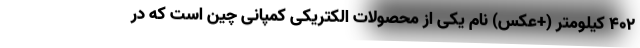
402 کیلومتر (+عکس) نام یکی از محصولات الکتریکی کمپانی چین است که در